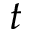
t